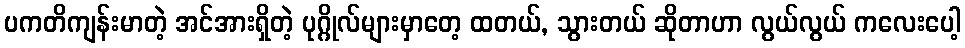
ပကတိကျန်းမာတဲ့ အင်အားရှိတဲ့ ပုဂ္ဂိုလ်များမှာတေ့ ထတယ်, သွားတယ် ဆိုတာဟာ လွယ်လွယ် ကလေးပေါ့